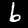
Label: 6